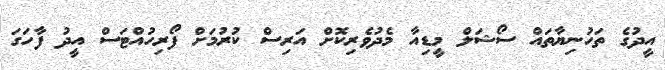
އީދުގެ ތަހުނިޔާތައް ސޯޝަލް މީޑިއާ މެދުވެރިކޮށް އަރިސް ކުރުމަށް ފޯރިހުއްޓަސް އީދު ފާހަގަ